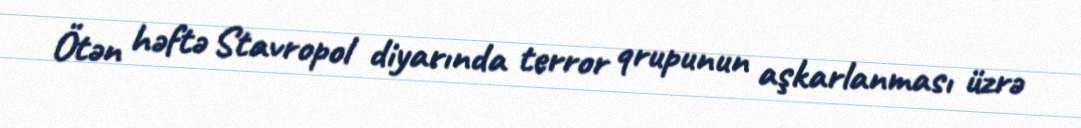
Ötən həftə Stavropol diyarında terror qrupunun aşkarlanması üzrə